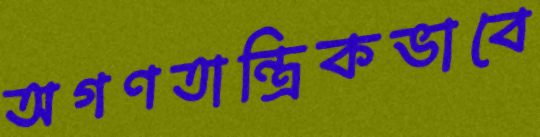
অগণতান্ত্রিকভাবে